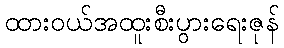
ထားဝယ်အထူးစီးပွားရေးဇုန်